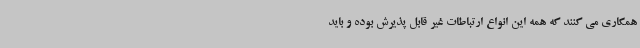
همکاری می کنند که همه این انواع ارتباطات غیر قابل پذیرش بوده و باید